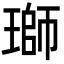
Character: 瑡